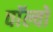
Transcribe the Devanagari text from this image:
वाॅल्वो